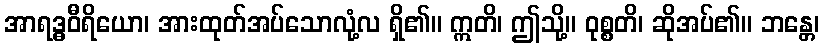
အာရဒ္ဓဝီရိယော၊ အားထုတ်အပ်သောလုံ့လ ရှိ၏။ ဣတိ၊ ဤသို့။ ဝုစ္စတိ၊ ဆိုအပ်၏။ ဘန္တေ၊